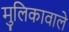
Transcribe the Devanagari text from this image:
मुलिकावाले